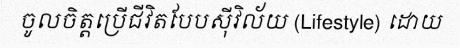
ចូលចិត្តប្រើជីវិតបែបស៊ីវិល័យ (Lifestyle) ដោយ